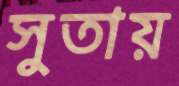
সুতায়